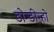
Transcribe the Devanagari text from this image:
डोन्डीन्हो